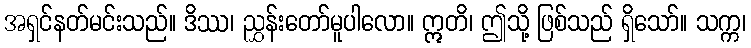
အရှင်နတ်မင်းသည်။ ဒိဿ၊ ညွှန်းတော်မူပါလော။ ဣတိ၊ ဤသို့ ဖြစ်သည် ရှိသော်။ သက္က၊